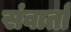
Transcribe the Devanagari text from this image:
संवार्ता